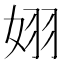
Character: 𪥵